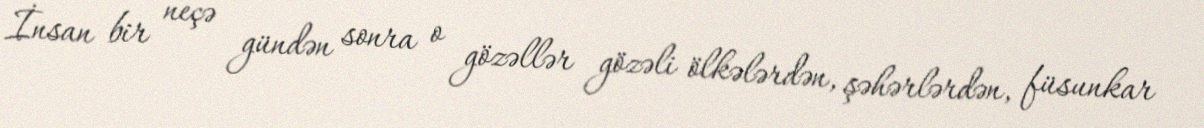
İnsan bir neçə gündən sonra o gözəllər gözəli ölkələrdən, şəhərlərdən, füsunkar